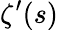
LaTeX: \zeta^{\prime}(s)